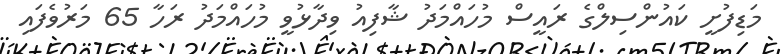
މަޑިފުށީ ކައުންސިލްގެ ރައީސް މުހައްމަދު ޝާފިއު ވިދާޅުވީ މުހައްމަދު ރަހާ 65 މަރުވެފައި